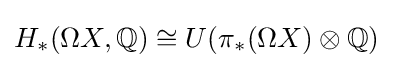
H_{*}(\Omega X,{\mathbb {Q} })\cong U(\pi _{*}(\Omega X)\otimes \mathbb {Q} )